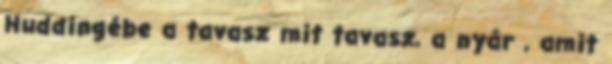
Huddingébe a tavasz mit tavasz, a nyár , amit